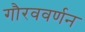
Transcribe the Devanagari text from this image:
गौरववर्णन